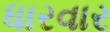
ધારવાર